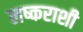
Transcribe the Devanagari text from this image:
लष्कराशी